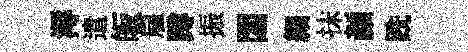
溽遣皈雇蹲振閟細抹颜跣